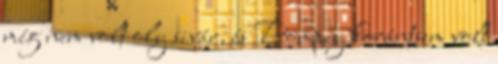
még nem volt oly sivár, és Pompey korántsem volt